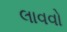
લાવવો